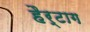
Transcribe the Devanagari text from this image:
हैर्टाग